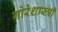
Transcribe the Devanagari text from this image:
गोरेशास्त्री